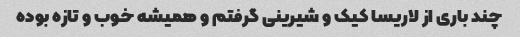
چند باری از لاریسا کیک و شیرینی گرفتم و همیشه خوب و تازه بوده